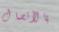
بالأتصال